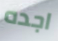
اجده